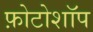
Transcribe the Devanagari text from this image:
फ़ोटोशॉप